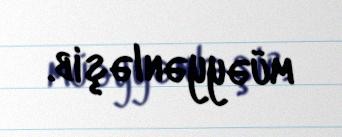
müəyyənləşib.